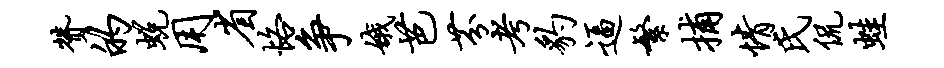
赞的蜕用省恪争娥芭芬考豹逼繁捕情氏侃蛙